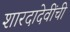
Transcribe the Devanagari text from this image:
शारदादेवींची